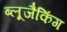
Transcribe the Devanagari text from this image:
ब्लूजैकिंग